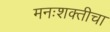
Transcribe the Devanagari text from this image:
मनःशक्तीचा